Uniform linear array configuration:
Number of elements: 4
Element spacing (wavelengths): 1
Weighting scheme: hann
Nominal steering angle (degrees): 45
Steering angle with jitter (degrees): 45.75
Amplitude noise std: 0.05
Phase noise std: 0.05

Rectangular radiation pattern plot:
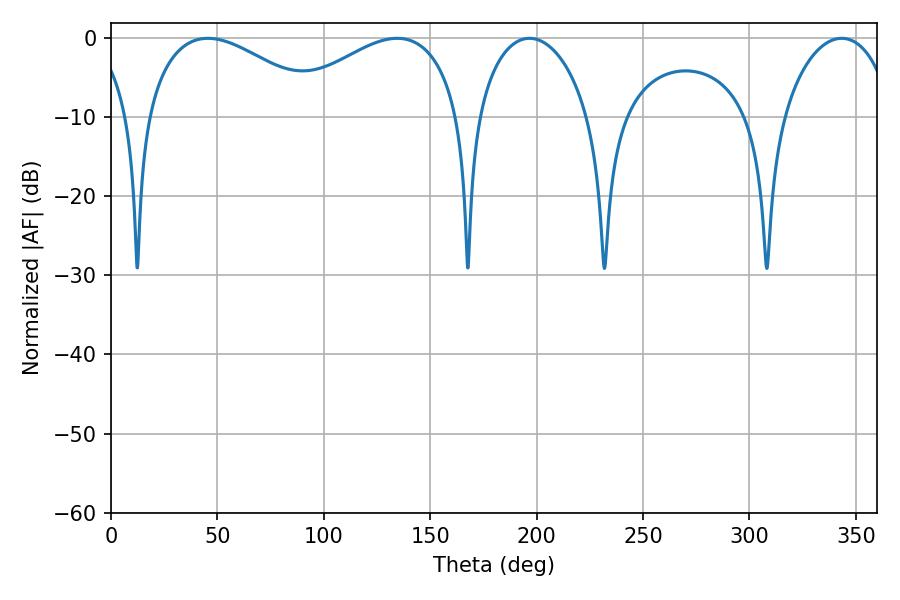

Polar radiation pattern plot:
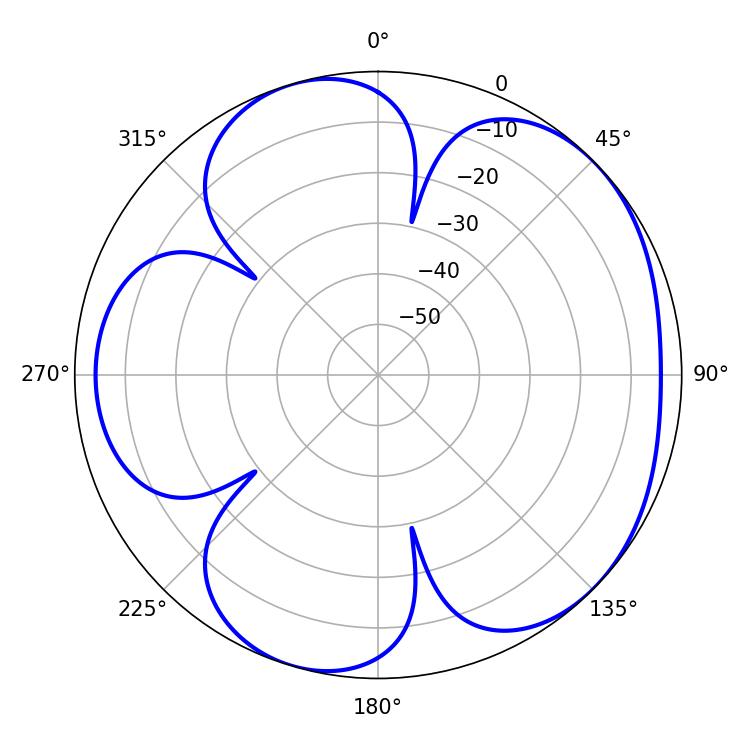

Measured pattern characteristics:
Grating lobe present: TRUE
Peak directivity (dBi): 4.887
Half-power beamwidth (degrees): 46.8
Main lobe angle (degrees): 45.54